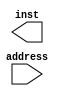
`timescale 1ns / 1ps
//////////////////////////////////////////////////////////////////////////////////
// Company: 
// Engineer: 
// 
// Design Name: 
// Module Name:    memoria_instrucao 
// Project Name: 
// Target Devices: 
// Tool versions: 
// Description: 
//
// Dependencies: 
//
// Revision: 
// Revision 0.01 - File Created
// Additional Comments: 
//
//////////////////////////////////////////////////////////////////////////////////
module memoriaInstrucao(
	address,
	inst
	);
  
  input [31:0] address;
  output reg [31:0] inst;
  
  //always @ (address) begin
    //    case (Address) 
            
            /*                 
            add    $2, $0, 1           # $2 = 1
            sub    $3, $0, $2          # $3 = -1
            slt    $5, $3, $0          # $5 = 1
            add    $6, $2, $5          # $6 = 2
            or     $7, $5, $6          # $7 = 3
            sub    $8, $5, $7          # $8 = -2
            and    $9, $8, $7          # $9 = 2
            sw     $9, 0($a0)          # Store $9 in DMem[0]
            lw     $9, 0($0)           # Load Final Value
            nop                        # Complete
             */
           
		//end
endmodule